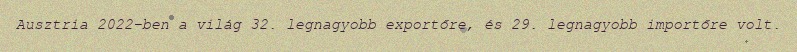
Ausztria 2022-ben a világ 32. legnagyobb exportőre, és 29. legnagyobb importőre volt.